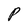
Character: P